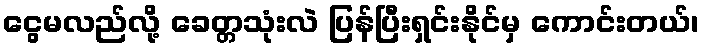
ငွေမလည်လို့ ခေတ္တသုံးလဲ ပြန်ပြီးရှင်းနိုင်မှ ကောင်းတယ်၊